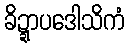
ခိဍ္ဍာပဒေါသိကံ